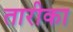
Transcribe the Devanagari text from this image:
तारीका